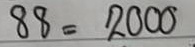
88 = 2000